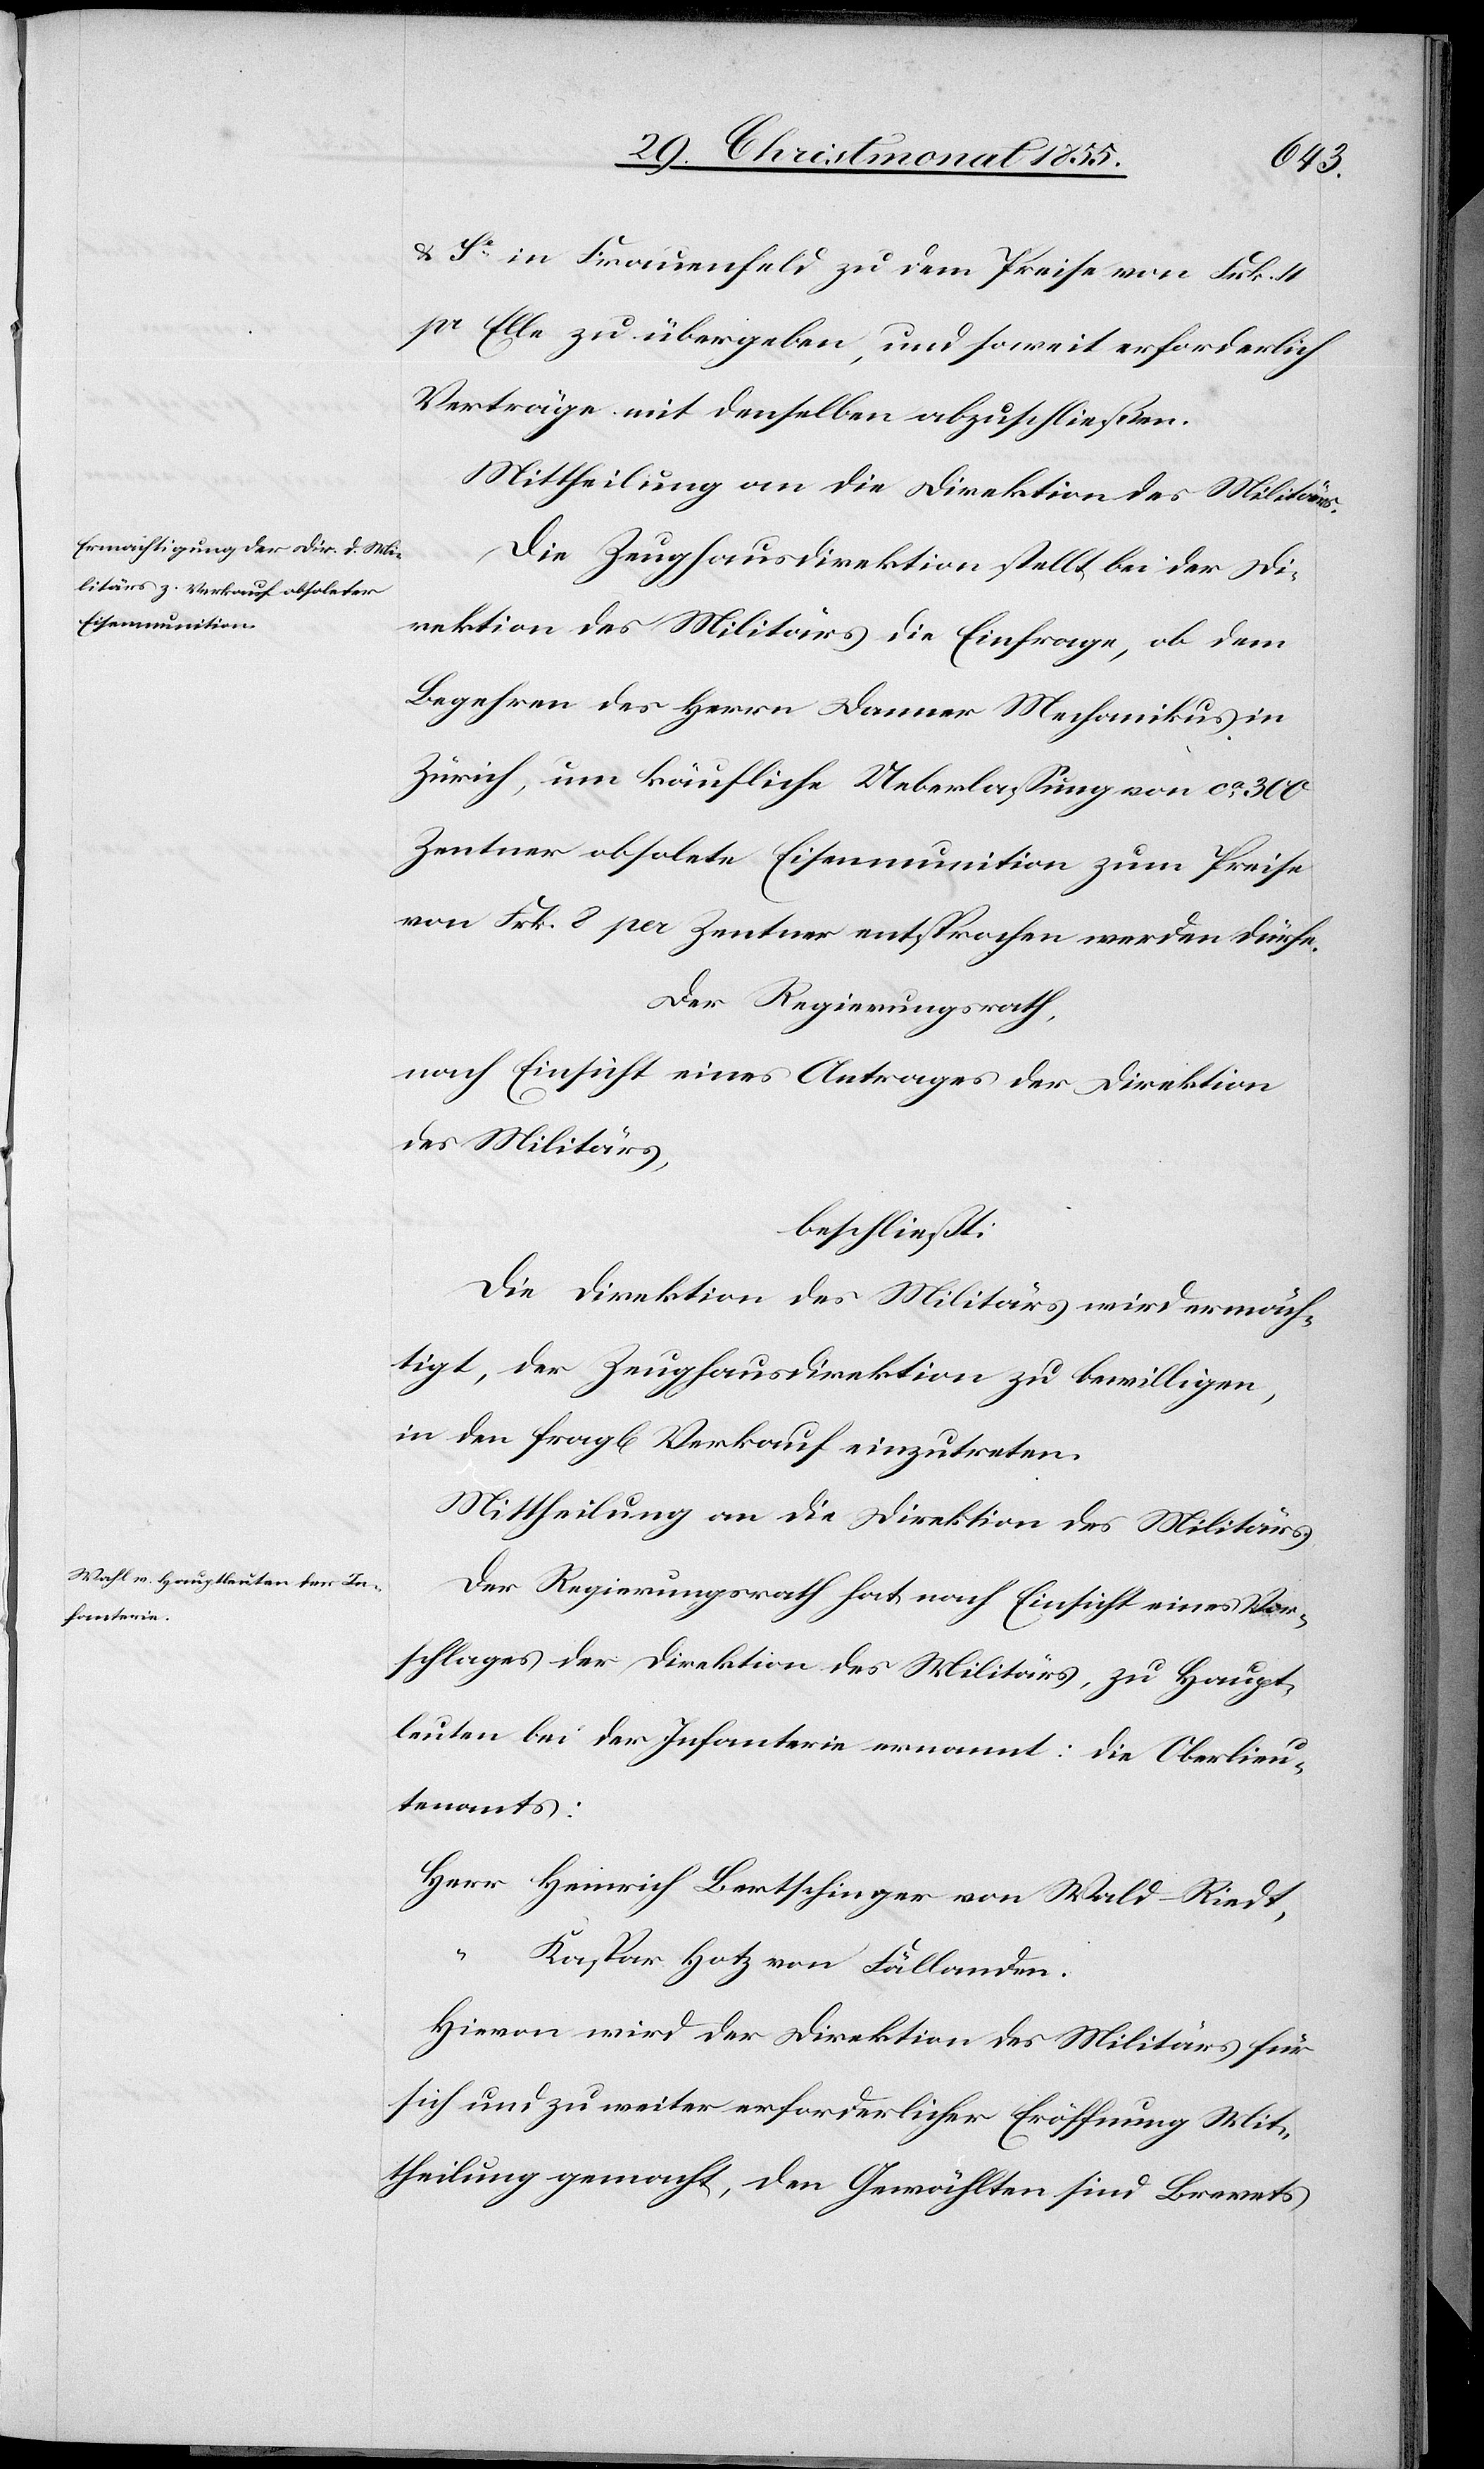
& Se in Frauenfeld zu dem Preise von Frk. 4
pr Elle zu übergeben, und soweit erforderlich
Verträge mit denselben abzuschließen.
Mittheilung an die Direktion des Militärs.
Die Zeughausdirektion stellt bei der Di¬
rektion des Militärs die Einfrage, ob dem
Begehren des Herrn Danner Mechanikus in
Zürich, um käufliche Ueberlassung von ca 300
Zentner obsolete Eisenmunition zum Preise
von Frk. 8 per Zentner entsprochen werden dürfe.
Der Regierungsrath,
nach Einsicht eines Antrages der Direktion
des Militärs,
beschließt:
Die Direktion des Militärs wird ermäch¬
tigt, der Zeughausdirektion zu bewilligen,
in den frag[lichen] Verkauf einzutreten.
Mittheilung an die Direktion des Militärs.
Der Regierungsrath hat nach Einsicht eines Vor¬
schlages der Direktion des Militärs, zu Haupt¬
leuten bei der Infanterie ernannt: die Oberlieu¬
tenants:
Herr Heinrich Bertschinger von Wald-Riedt,
Kaspar Hotz von Fällanden.
Hievon wird der Direktion des Militärs für
sich und zu weiter erforderlicher Eröffnung Mit¬
theilung gemacht, den Gewählten sind Brevets